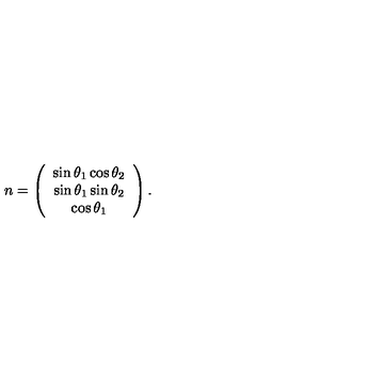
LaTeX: n = \left( \begin{array} { c } { \sin \theta _ { 1 } \cos \theta _ { 2 } } \\ { \sin \theta _ { 1 } \sin \theta _ { 2 } } \\ { \cos \theta _ { 1 } } \\ \end{array} \right) .